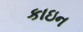
કાઇન